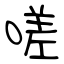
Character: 嗟